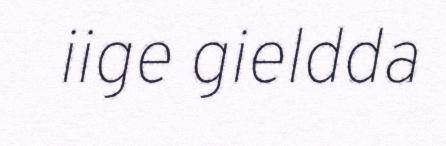
iige gieldda